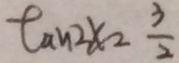
\tan 2 x = \frac { 3 } { 2 }